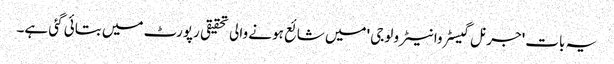
یہ بات 'جرنل گیسٹروانیٹرو لوجی 'میں شائع ہونے والی تحقیقی رپورٹ میں بتائی گئی ہے۔